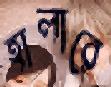
হালারে